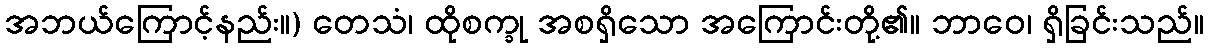
အဘယ်ကြောင့်နည်း။) တေသံ၊ ထိုစက္ခု အစရှိသော အကြောင်းတို့၏။ ဘာဝေ၊ ရှိခြင်းသည်။